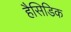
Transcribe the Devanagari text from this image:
हैसिडिक